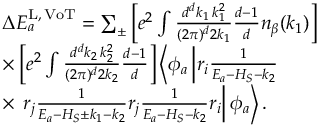
\begin{array} { r l } & { \Delta E _ { a } ^ { \mathrm { L , \, V o T } } = \sum _ { \pm } \left[ e ^ { 2 } \int \frac { d ^ { d } k _ { 1 } \, k _ { 1 } ^ { 2 } } { ( 2 \pi ) ^ { d } 2 k _ { 1 } } \frac { d - 1 } { d } n _ { \beta } ( k _ { 1 } ) \right] } \\ & { \times \left[ e ^ { 2 } \int \frac { d ^ { d } k _ { 2 } \, k _ { 2 } ^ { 2 } } { ( 2 \pi ) ^ { d } 2 k _ { 2 } } \frac { d - 1 } { d } \right] \left\langle \phi _ { a } \left| r _ { i } \frac { 1 } { E _ { a } - H _ { S } - k _ { 2 } } \right. \right. } \\ & { \times \left. \left. r _ { j } \frac { 1 } { E _ { a } - H _ { S } \pm k _ { 1 } - k _ { 2 } } r _ { j } \frac { 1 } { E _ { a } - H _ { S } - k _ { 2 } } r _ { i } \right| \phi _ { a } \right\rangle . } \end{array}